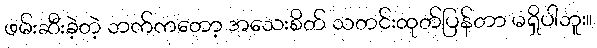
ဖမ်းဆီးခဲ့တဲ့ ဘက်ကတော့ အသေးစိတ် သတင်းထုတ်ပြန်တာ မရှိပါဘူး။